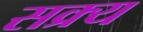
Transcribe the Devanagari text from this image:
सक्र्य